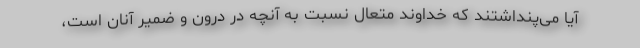
آیا می‌پنداشتند که خداوند متعال نسبت به آنچه در درون و ضمیر آنان است،